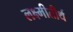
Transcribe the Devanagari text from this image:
लक्ष्मीतीर्थ